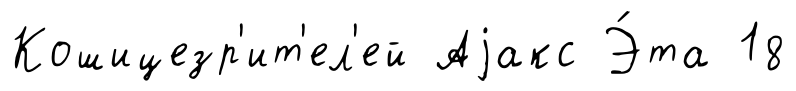
Кошицезр'ит'ел'ей Аjакс Э́та 18